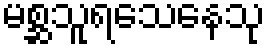
မစ္ဆသူရသေနေသု